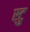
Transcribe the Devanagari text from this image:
स्टु